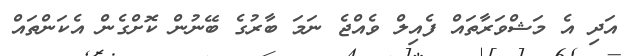
އަދި އެ މަޝްވަރާތައް ފެއިލް ވެއްޖެ ނަމަ ބާރުގެ ބޭނުން ކޮށްގެން އެކަންތައް